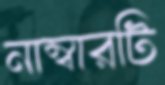
নাম্বারটি